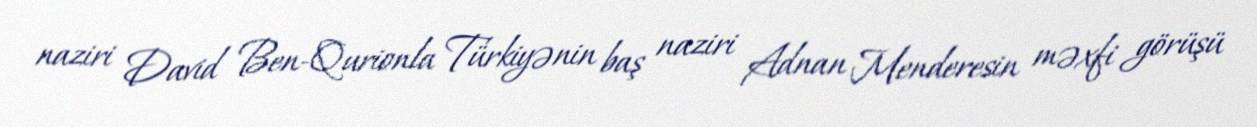
naziri David Ben-Qurionla Türkiyənin baş naziri Adnan Menderesin məxfi görüşü